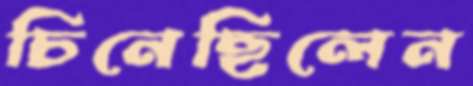
চিনেছিলেন